Vital statistics of India. Vol. IV, Annual returns from 1871 to 1876. British Army of India, Native Army and jails of Bengal
Year: 1871
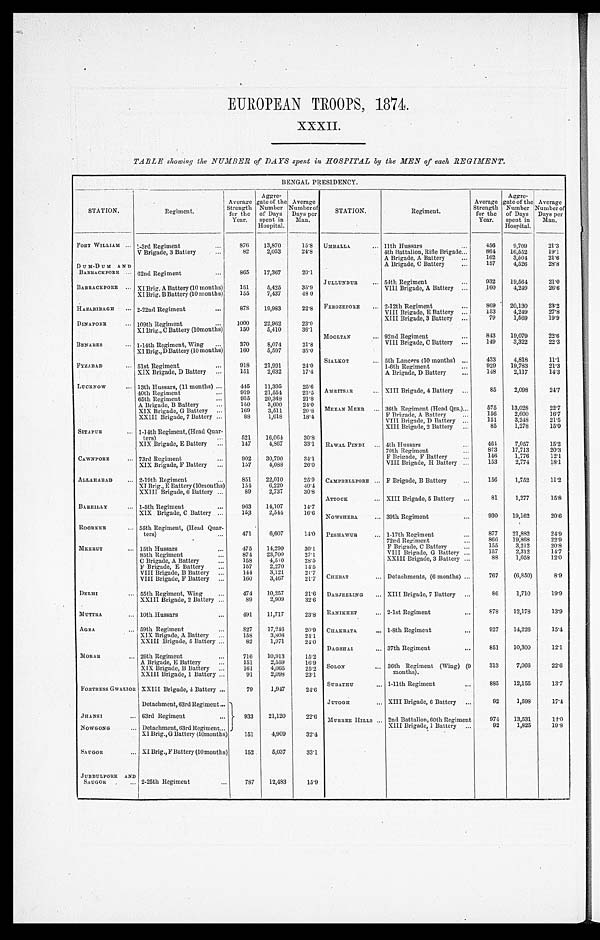
EUROPEAN TROOPS, 1874.
XXXII.
TABLE showing the NUMBER of DAYS spent in HOSPITAL by the MEN of each REGIMENT.
BENGAL PRESIDENCY.
STATION.
Regiment.
Average
Strength
for the
Year.
Aggre-
gate of the
Number
of Days
spent in
Hospital.
Average
Number of
Days per
Man.
FORT WILLIAM . . . 1-3rd Regiment . . .
8 7 6
13,870
15.8
V Brigade, 3 Battery . . .
82
2,033
24.8
DUM-DUM AND
BARRACKPORE . . . 62nd Regiment . . .
8 6 5
17,367
20.1
BARRACKPORE . . . XI Brig. A Battery (10 months)
151
5,425
35.9
XI Brig. B Battery (10 months)
155
7,437
48.0
HAZARIBAGH . . . 2-22nd Regiment . . .
878
19,983
22.8
DINAPORE . . . 109th Regiment . . .
1000
22,962
23.0
XI Brig., C Battery (10months)
150
5,410
36.1
BENARES . . . 1-14th Regiment, Wing . . .
370
8,074
21.8
XI Brig., D Battery (10 months)
160
5,597
35.0
FYZABAD . . . 51st Regiment . . .
918
21,991
24.0
XIX Brigade, D Battery . . .
151
2,632
17.4
LUCKNOW . . . 13th Hussars, (11 months) . . .
445
11,395
25.6
40th Regiment . . .
919
21,554
23.5
65th Regiment . . .
935
20,348
21.8
A Brigade, B Battery . . .
150
3,600
24.0
XIX Brigade, G Battery . . .
169
3,511
20.8
XXIII Brigade, 7 Battery . . .
88
1,618
18.4
SITAPUR . . . 1-14th Regiment, (Head Quar
-ters)
521
16,064
30.8
XIX .Brigade, E Battery . . .
147
4,867
33.1
CAWNPORE . . . 73rd Regiment . . .
902 30,790
34.1
XIX Brigade, F Battery . . .
157
4,088
26.0
ALLAHABAD . . . 2-19th Regiment . . .
851
22,010
25.9
XI Brig., E Battery (10months)
154
6,220
40.4
XXIII Brigade, 6 Battery . . .
89
2,737
30.8
BAREILLY . . . 1-5th Regiment . . .
963
14,107
14.7
XIX Brigade, C Battery . . .
153
2,544
16.6
ROORKEE . . . 55th Regiment, (Head Quar
-ters) . . .
471
6,607
14.0
MEERUT . . . 15th Hussars . . .
475
14,290
30.1
85th Regiment . . . 874
23,700
27.1
C Brigade, A Battery . . ....
4,510
28.5
F Brigade, E Battery . . .
157
2,270
14.5
VIII Brigade, B Battery . . .
144
3,121
21.7
VIII Brigade, F Battery . . .
160
3,467
21.7
D E L H I . . . 55th Regiment, Wing . . .
474
10,257
21.6
XXIII Brigade, 2 Battery . . .
89
2,909
32.6
MUTTRA . . . 10th Hussars . . .
4 9 1
11,717
23.8
AGRA . . . 59th Regiment . . .
827 17,246
20.9
XIX Brigade, A Battery . . .
158
3,808
24.1
XXIII Brigade, 5 Battery . . .
82
1,971
24.0
M O R A R . . . 26th Regiment . . .
7 1 6 10,913
15.2
A Brigade, E Battery . . .
1 5 1 2,559
16.9
XIX Brigade, B Battery . . .
161
4,065
25.2
XXIII Brigade, 1 Battery . . .
91
2,098
23.1
FORTRESS GWALIOR XXIII Brigade, 4 Battery . . .
79
1,947
24.6
Detachment, 63rd Regiment . . .
933
21,120
22.6
JHANSI . . . 63rd Regiment . . .
NOWGONG . . . Detachment, 63rd Regiment . . .
XI Brig., G Battery (10months)
151
4,909
32.4
SAUGOR . . . XI Brig., F Battery (10 months)
152
5,037
33.1
J U B B U L P O R E A N D S A U G O R . . . 2-25th Regiment . . .
787
12,483
15.9
UMBALLA . . . 11th Hussars . . .
456
9,709
21.3
4th Battalion, Rifle Brigade . . .
864
16,552
19.1
A Brigade, A Battery . . .
162
3,504
21.6
A Brigade, C Battery . . .
157
4,526
2 8 . 8
JULLUNDUR . . . 54th Regiment . . .
932
19,564
21.0
VIII Brigade, A Battery . . .
160
4,249
26.6
FEROZEPORE . . . 2-12th Regiment . . .
869
20,130
23.2
VIII Brigade, E Battery . . .
153
4,249
27.8
XIII Brigade, 3 Battery . . .
79
1,569
19.9
MOOLTAN . . . 92nd Regiment . . .
843
19,079
22.6
VIII Brigade, C Battery . . .
149
3,322
22.3
SIALKOT . . . 5th Lanecrs (10 months) . . .
433
4,818
11.1
1-6th Regiment . . .
929
19,783
2 1 . 3
A Brigade, D Battery . . .
148
2,117
1 4 . 3
AMRITSAR . . . XIII Brigade, 4 Battery . . .
85
2,098
2 4 . 7
MEEAN MEER . . . 36th Regiment (Head Qrs.) . . .
575
13,028
22.7
F Brigade, A Battery . . .
156
2,600
1 6 . 7
VIII Brigade, D Battery . . .
151
3,248
21.5
XIII Brigade, 2 Battery . . .
85
1,278
1 5 . 0
RAWAL PINDI . . . 4th Hussars . . .
4 6 4
7,057
15.2
70th Regiment . . .
873
17,713
2 0 . 3
F Brigade, F Battery . . .
146
1,776
12.1
VIII Brigade, H Battery . . .
153
2,774
18.1
CAMPBELLPORE . . . F Brigade, B Battery . . .
1 5 6 1,752
1 1 . 2
ATTOCK . . . XIII Brigade, 5 Battery . . .
81
1,277
1 5 . 8
NOWSHERA . . . 39th Regiment . . .
9 3 0 19,162
2 0 . 6
PESHAWUR . . . 1-17th Regiment . . .
877
21,882
24. 9
72nd Regiment . . .
866
19,868
22. 9
F Brigade, C Battery . . .
155
3,212
20. 8
VIII Brigade, G Battery . . .
157
2,312
14.7
XXIII Brigade, 3 Battery . . .
88
1,058
12. 0
CHERAT . . . Detachments, (6 months) . . .
767
(6,850)
8.9
DARJEELING . . . XIII Brigade, 7 Battery . . .
86
1,710
19.9
RANIKHET . . . 2-1st Regiment . . .
8 7 8 12,178
13.9
CHAKRATA . . . 1-8th Regiment . . .
927
14,226
15. 4
DAGSHAI . . . 37th Regiment . . .
851
10,300
12.1
SOLON . . . 36th Regiment (Wing) (9
months).
313
7,066
22. 6
SUBATHU . . . 1-11th Regiment . . .
8 8 5 12,155
13.7
JUTOGH . . . XIII Brigade, 6 Battery . . .
92
1,598
17. 4
MURREE HILLS . . . 2nd Battalion, 60th Regiment
974
13,531
14.0
XIII Brigade, 1 Battery . . .
92
1,825
19.8